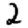
Digit: 2